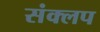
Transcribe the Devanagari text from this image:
संक्लप